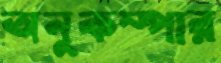
অনুকম্পার